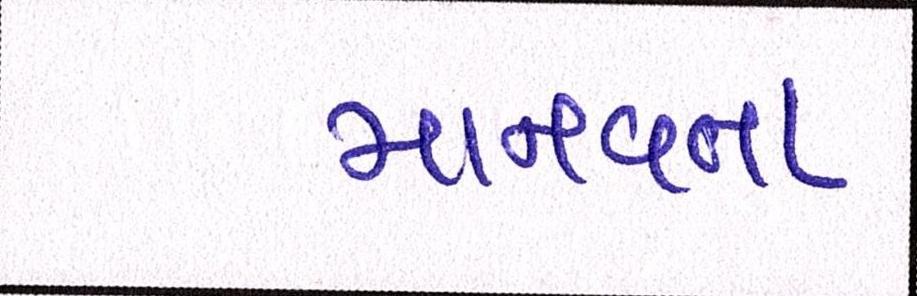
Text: માનવતા